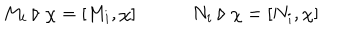
LaTeX: M _ { i } \triangleright \chi = [ M _ { i } , \chi ] \qquad \quad N _ { i } \triangleright \chi = [ N _ { i } , \chi ]